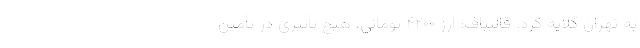
به تهران گلایه کرد. قالیباف: ارز ۴۲۰۰ تومانی، هیچ تأثیری در تأمین